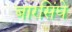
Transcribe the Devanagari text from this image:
बारसिंघे